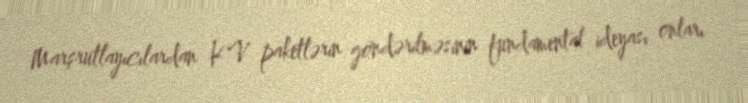
Marşrutlayıcılardan KV paketlərin göndərilməsinin fundamental ideyası onları